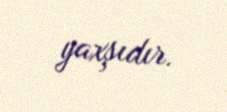
yaxşıdır.